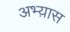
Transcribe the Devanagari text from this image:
अभ्य़ास